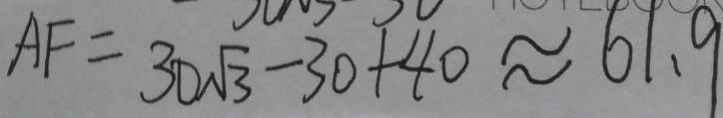
A F = 3 0 \sqrt { 3 } - 3 0 + 4 0 \approx 6 1 . 9